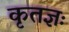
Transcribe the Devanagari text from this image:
कृतज्ञः